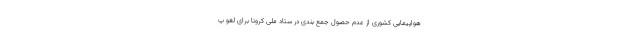
هواپیمایی کشوری از عدم حصول جمع بندی در ستاد ملی کرونا برای لغو پ